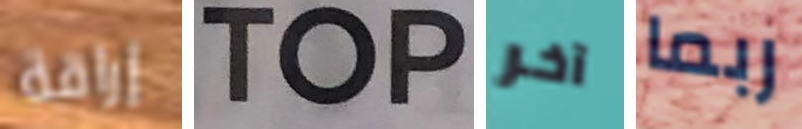
إراقة TOP آخر ربما